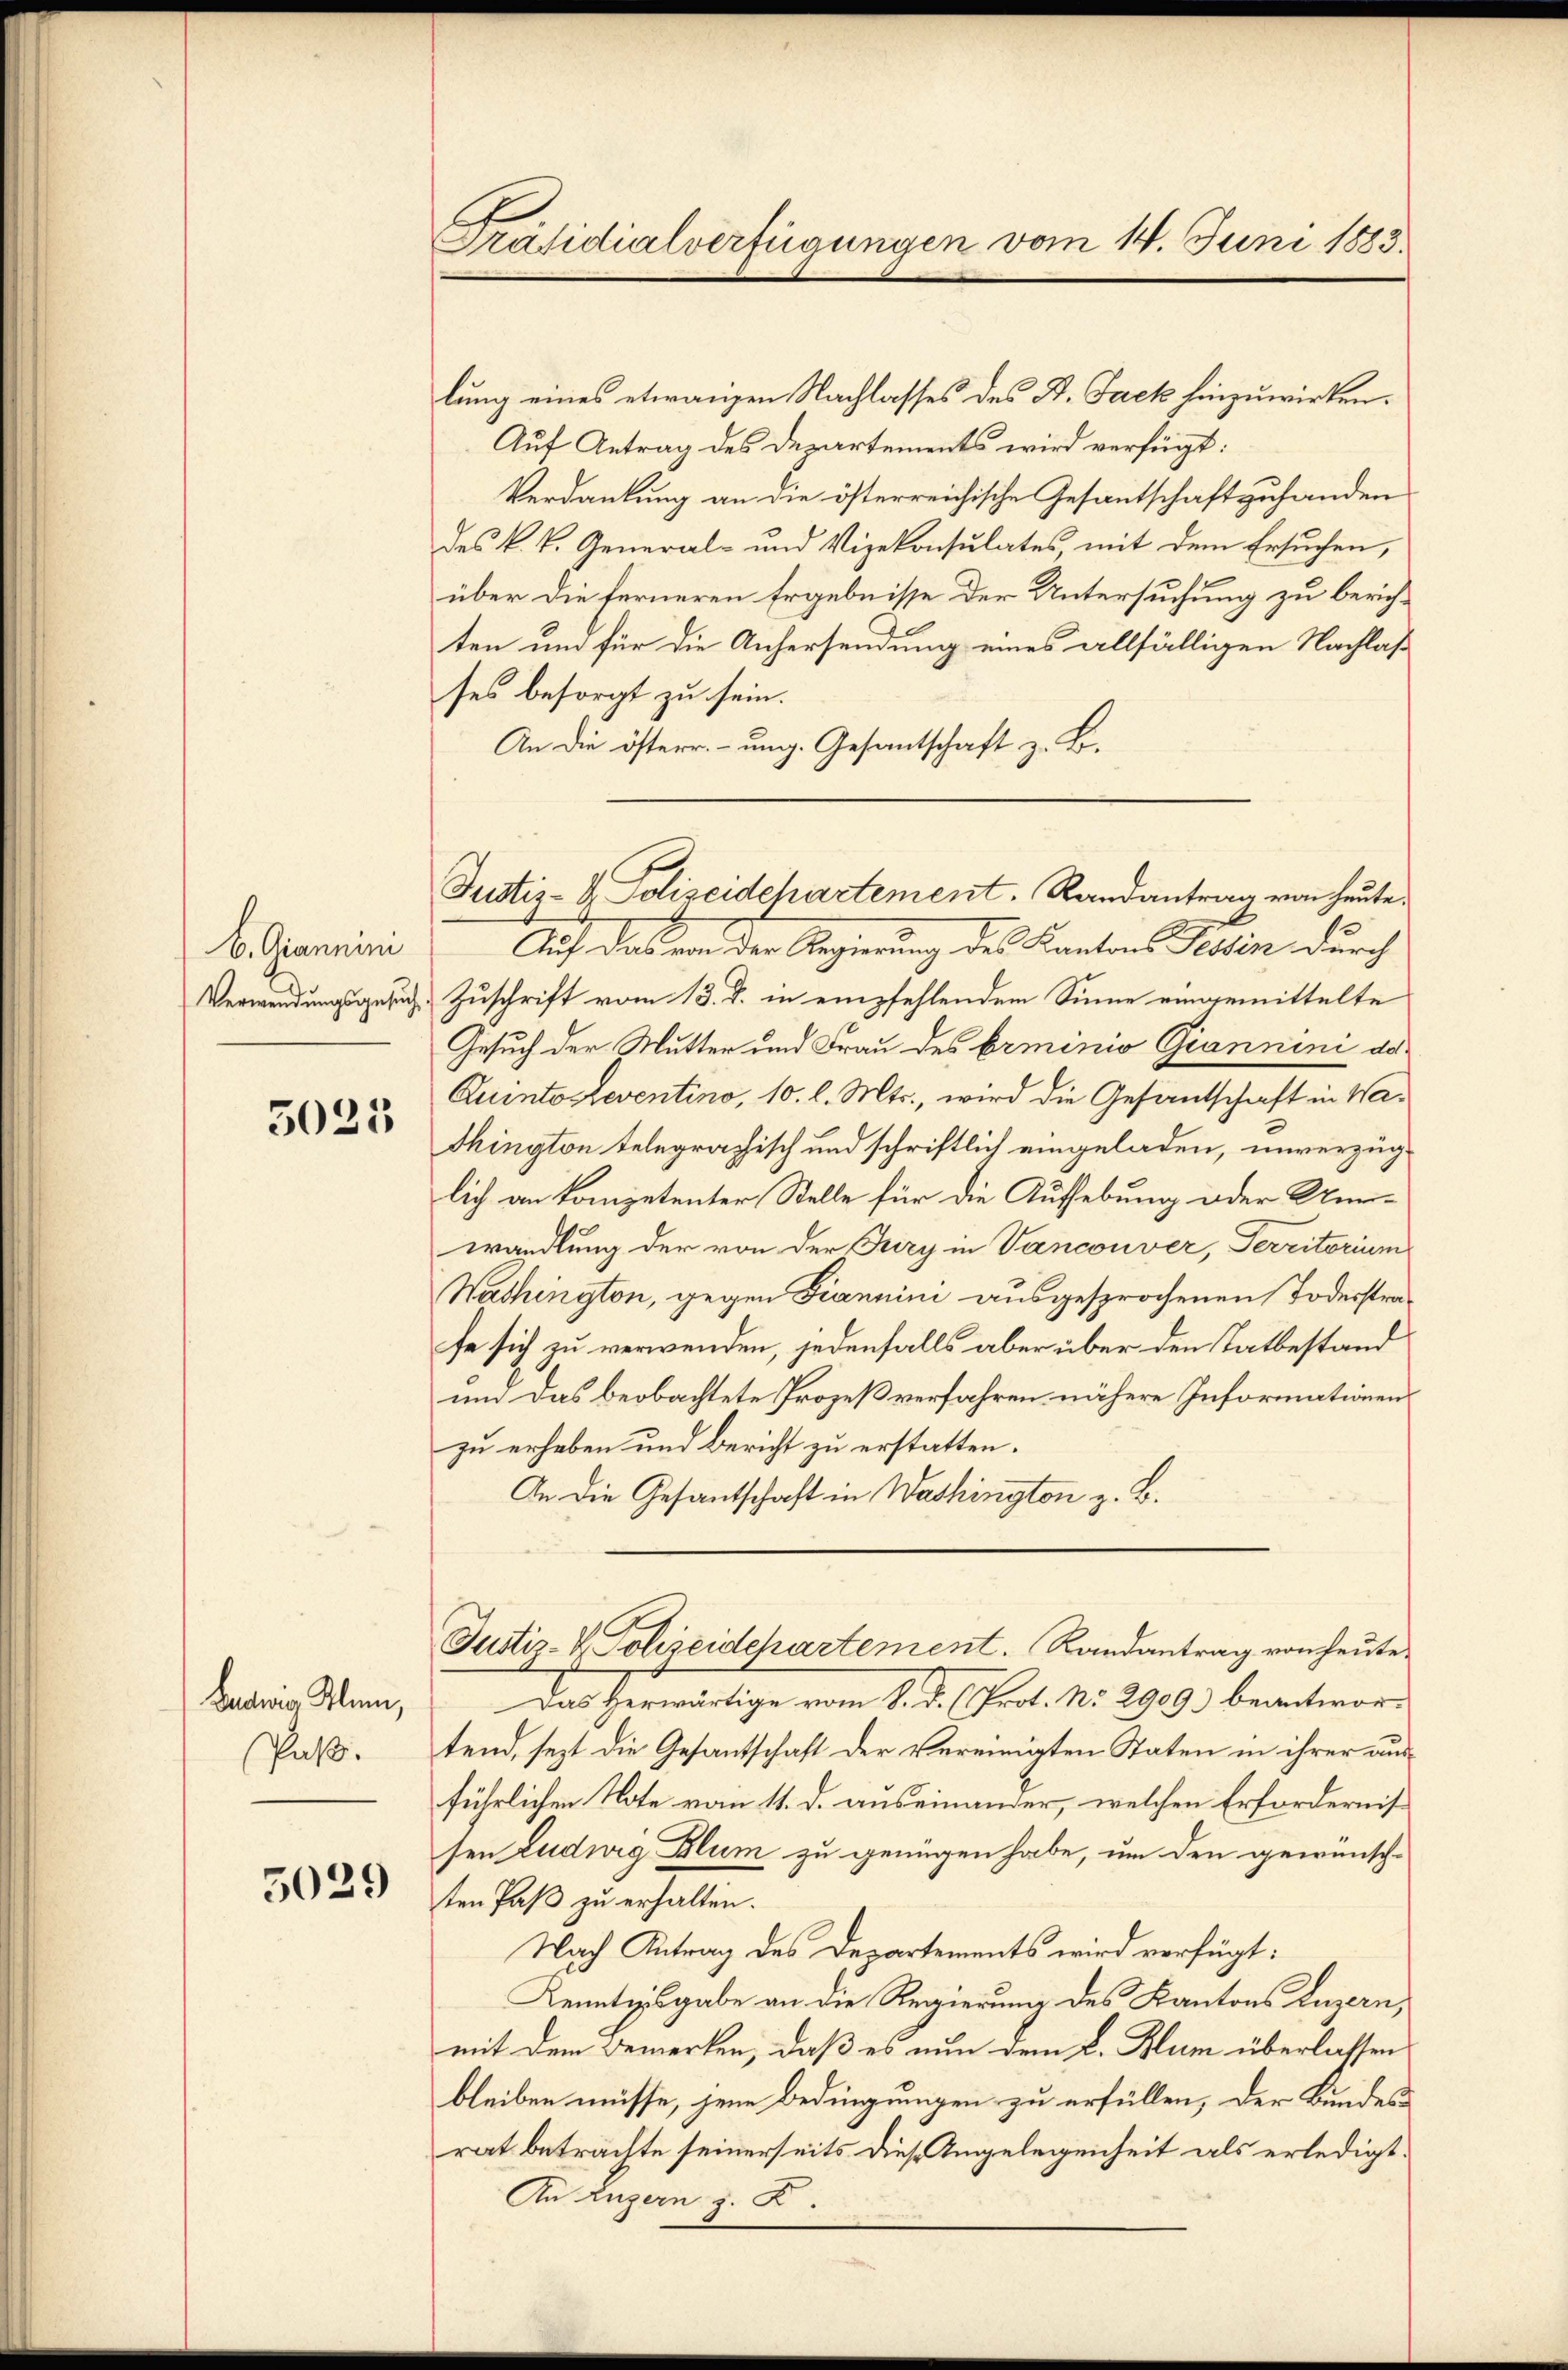
b. Giannini

3025

Budwig Klein,
Paß.

5029

Präsidialverfügungen vom 14. Juni 1883.

lung eines etwangen Nachlasses des St. Jack hinzuwirken.
Auf Antrag des Departements wird verfügt:
Verdankung an die österreichische Gesantschaftzuhanden
des k. k. General- und Vizekonsulates, mit dem Ersuchen,
über die ferneren Ergebnisse der Untersuchung zu berichten und für die Anhersendung eines allfälligen Nachlaß
ses besorgt zu sein.
An die österr.- ung. Gesantschaft z. B.
Auf das von der Regierung des Kantons Tessin durch
Verwendungsgesuch Zuschrift vom 13. d. in empfehlendem Sinne eingemittelte
Gesuch der Mutter und Frau des Erminio Giannini da¬
Quintosreventino, 10. l. Mts., wird die Gesandtschaft in Washington telegraphisch und schriftlich eingeladen, unverzüglich an kompetenter Stelle für die Aufhebung oder Unerwandlung der von der Firy in Vanconver, Territorium
Washington, gegen Fiannini ausgesprochenen Todesstrafe sich zu verwenden, jedenfalls aber über den Tatbestand
um das beobachtete Prozeß verfahren nähere Informationen
zu erheben und Bericht zu erstatten.
An die Gesandtschaft in Washington z. B.
Justiz- & Polizeidchartement.   Randantrag von heute.
Das Herwärtige vom 8. d. C. Prot. No. 2909) beantwortend, sezt die Gesantschaft der vereinigten Staten in ihrer ausführlichen Note vom 11. d. auseinander, welchen Erfordernissen Ludwig Blum zu genügen habe, um den gewünsch-
ten Paß zu erhalten.
Nach Antrag des Departements wird verfügt:
Kenntisgabe an die Regierung des Kantons Luzern,
mit dem Bemerken, daß es nun dem L. Blum überlassen
bleiben müsse, jene Bedingungen zu erfüllen, der Bundesrat beträchte seinerseits diese Angelegenheit als erledigt.
An Luzern z. B.

Justiz- & Polizeidehartement. Randantrag von heute.